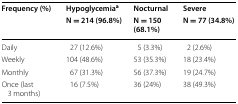
<table><thead><tr><td rowspan="2"><b>Frequency (%)</b></td><td><b>Hypoglycemia<sup>a</sup></b></td><td><b>Nocturnal</b></td><td><b>Severe</b></td></tr><tr><td><b>N = 214 (96.8%)</b></td><td><b>N = 150 (68.1%)</b></td><td><b>N = 77 (34.8%)</b></td></tr></thead><tbody><tr><td>Daily</td><td>27 (12.6%)</td><td>5 (3.3%)</td><td>2 (2.6%)</td></tr><tr><td>Weekly</td><td>104 (48.6%)</td><td>53 (35.3%)</td><td>18 (23.4%)</td></tr><tr><td>Monthly</td><td>67 (31.3%)</td><td>56 (37.3%)</td><td>19 (24.7%)</td></tr><tr><td>Once (last 3 months)</td><td>16 (7.5%)</td><td>36 (24%)</td><td>38 (49.3%)</td></tr></tbody></table>